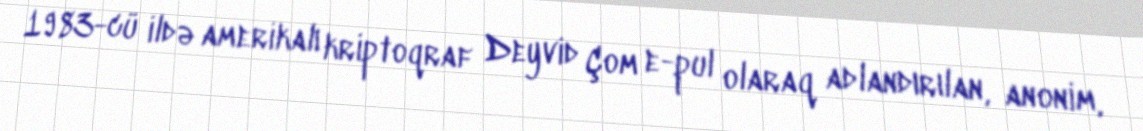
1983-cü ildə amerikalı kriptoqraf Deyvid Çom e-pul olaraq adlandırılan, anonim,